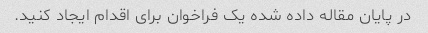
در پایان مقاله داده شده یک فراخوان برای اقدام ایجاد کنید.